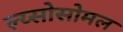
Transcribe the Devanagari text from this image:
ल्य्सोसोमल